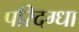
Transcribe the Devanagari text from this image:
परिदग्धा